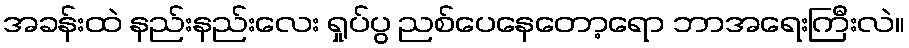
အခန်းထဲ နည်းနည်းလေး ရှုပ်ပွ ညစ်ပေနေတော့ရော ဘာအရေးကြီးလဲ။